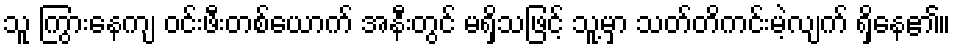
သူ ကြွားနေကျ ဝင်းဖီးတစ်ယောက် အနီးတွင် မရှိသဖြင့် သူ့မှာ သတ်တိကင်းမဲ့လျက် ရှိနေ၏။